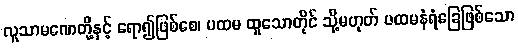
လူသာမဏေတို့နှင့် ရော၍ဖြစ်စေ၊ ပထမ ထူသောတိုင် သို့မဟုတ် ပထမနံရံခြေဖြစ်သော